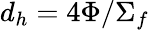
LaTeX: d_{h}=4\Phi/\Sigma_{f}